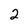
Character: 2